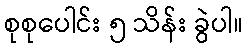
စုစုပေါင်း ၅ သိန်း ခွဲပါ။